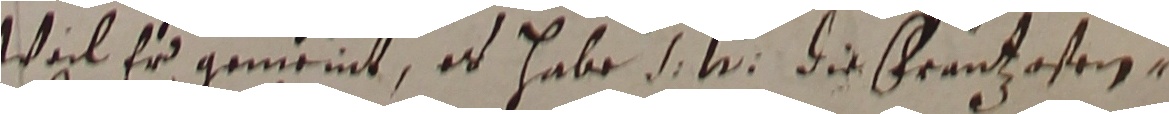
Weil er gemeint, ed habe e w die franzosen,